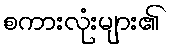
စကားလုံးများ၏